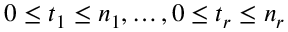
0 \leq t _ { 1 } \leq n _ { 1 } , \dots , 0 \leq t _ { r } \leq n _ { r }